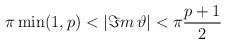
LaTeX: \begin{align*}\pi \min (1,p)<|\Im m\, \vartheta |<\pi \frac{p+1}{2}\end{align*}